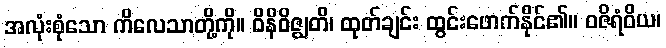
အလုံးစုံသော ကိလေသာတို့ကို။ ဝိနိဝိဇ္ဈတိ၊ ထုတ်ချင်း ထွင်းဖောက်နိုင်၏။ ဝဇိရံဝိယ၊